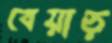
বেয়াড়